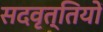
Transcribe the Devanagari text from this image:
सदवृत्तियों